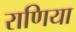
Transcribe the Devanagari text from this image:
राणिया